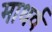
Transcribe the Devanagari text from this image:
माधर्व